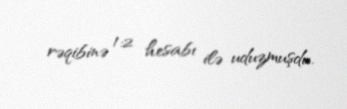
rəqibinə 1:2 hesabı ilə uduzmuşdu.